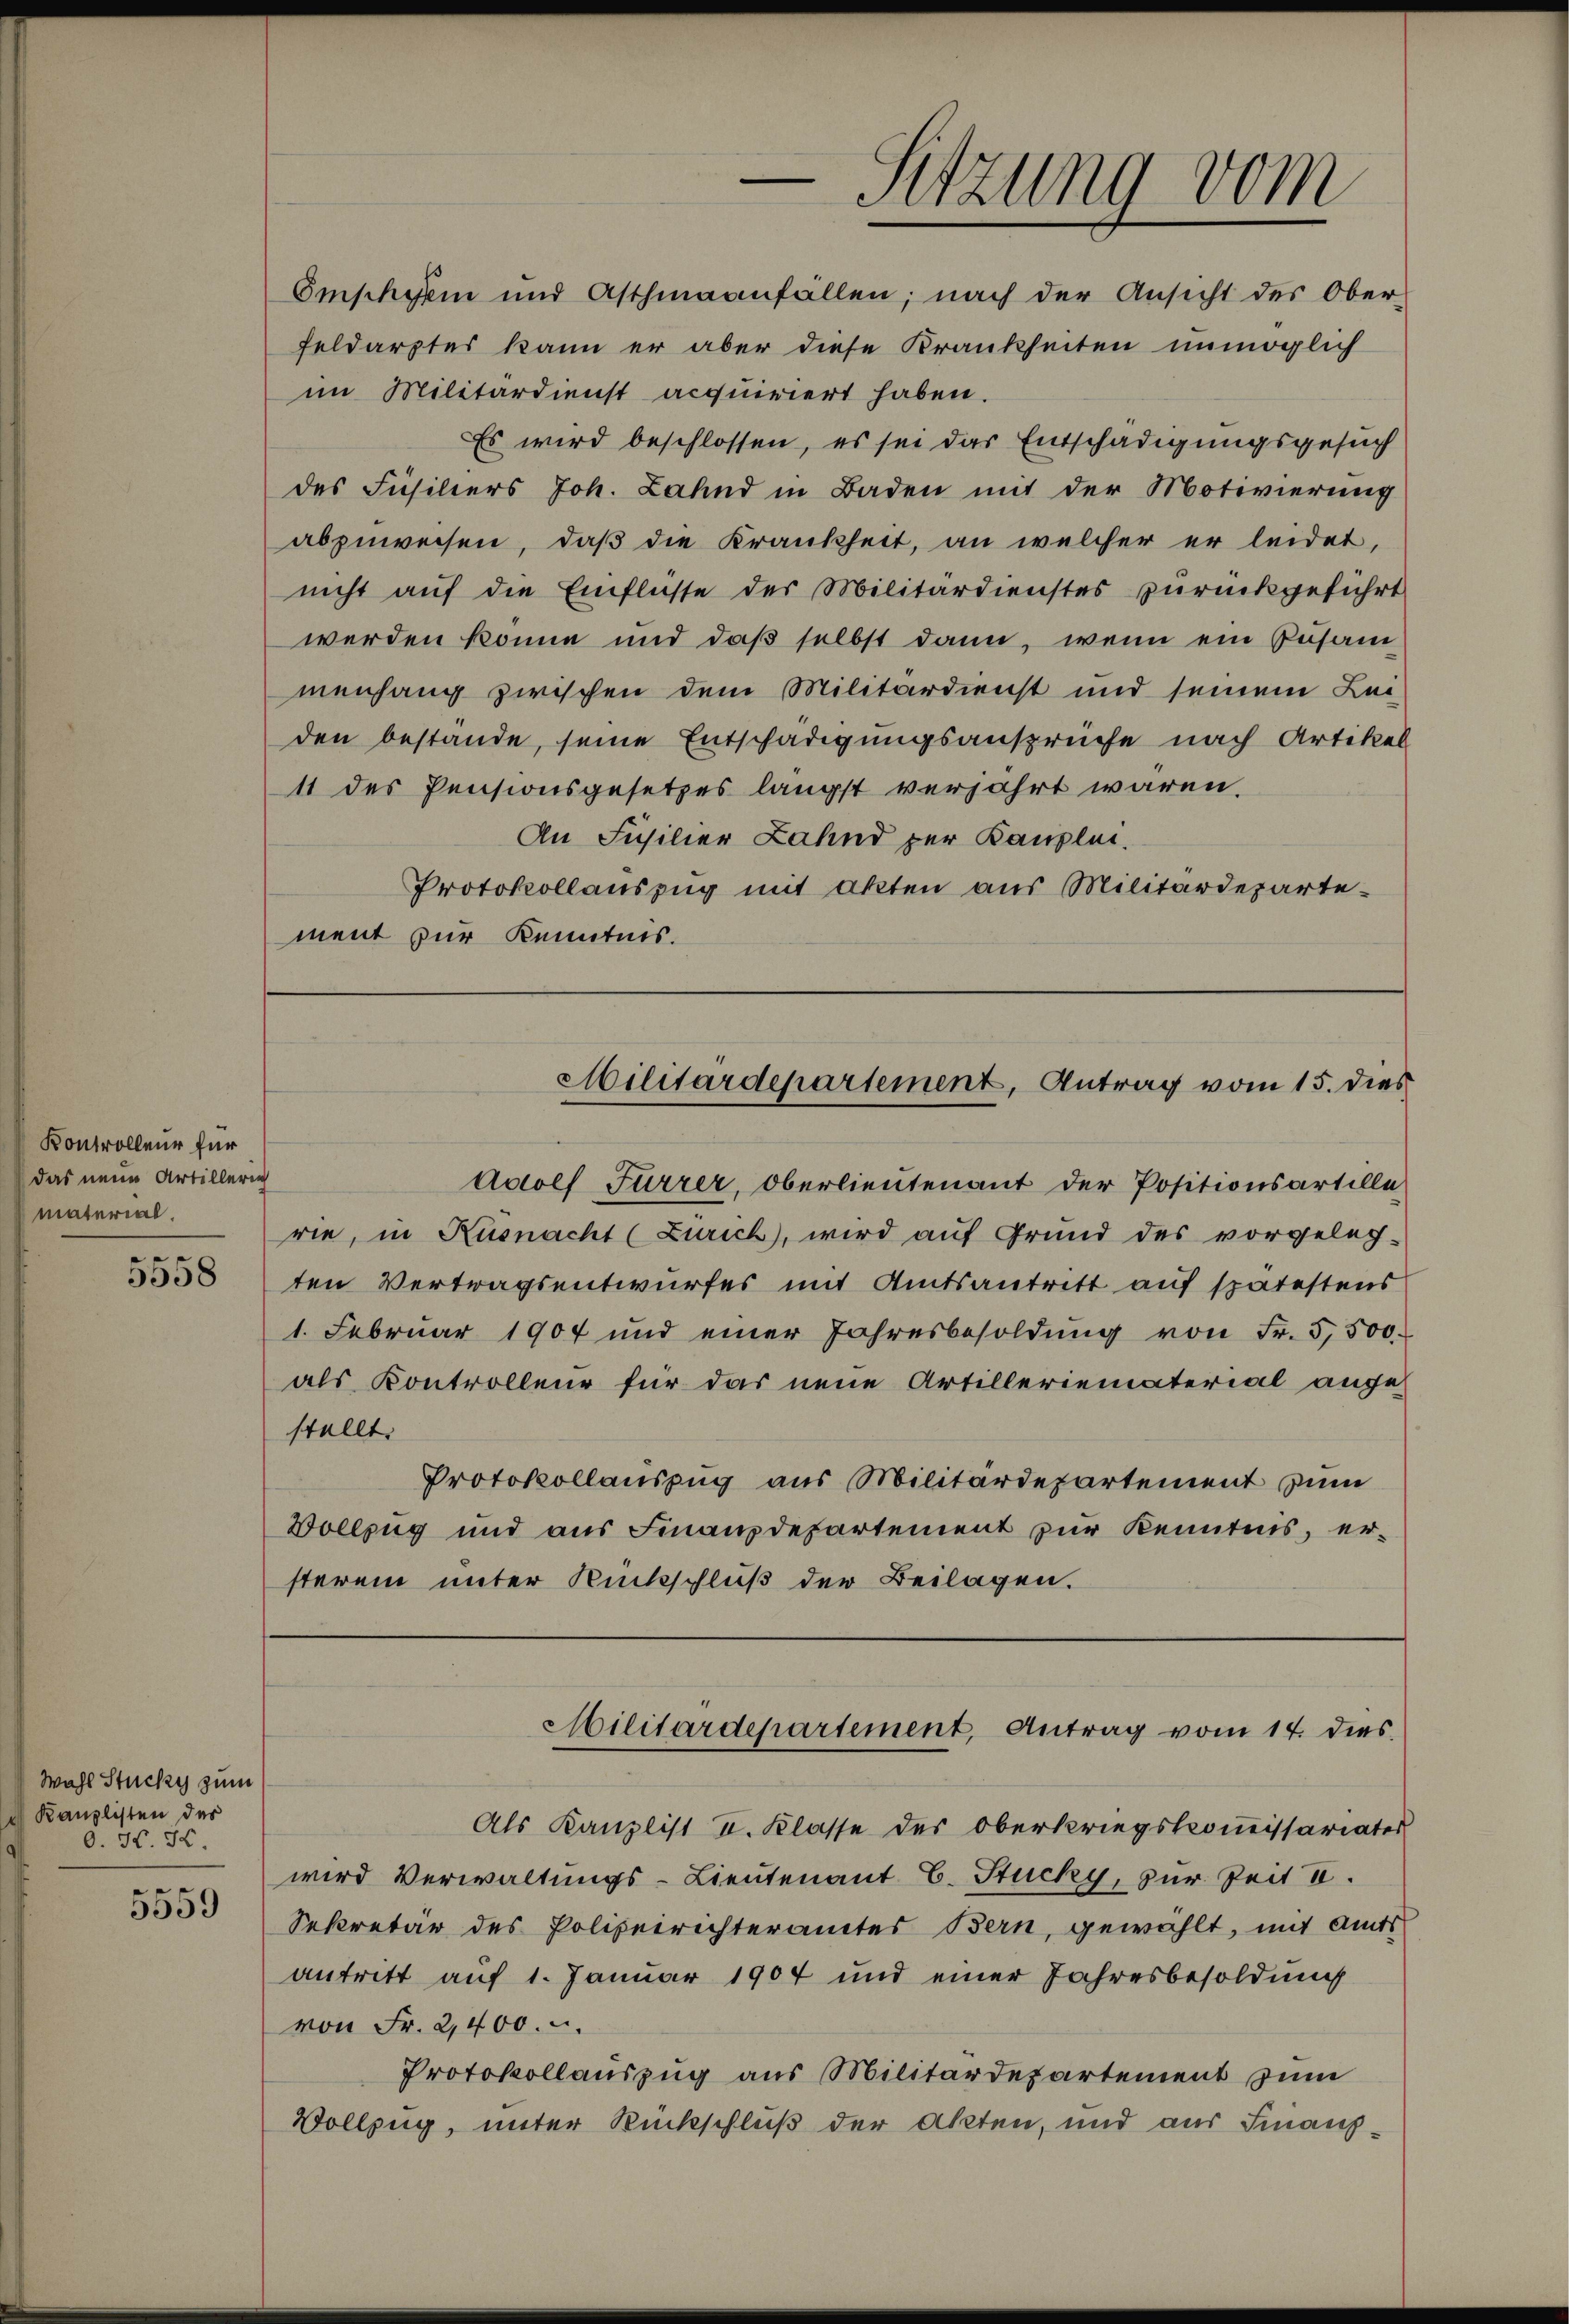
Kontrolleur für
das neue Artilleri
material.

es
5558

Wahl Stucky zum
Kanzlisten des
O. N. 3.

5559

Adolf Furrer, Oberlieutenant der Positionsartille
rie, in Küsnacht (Zürich, wird auf Grund des vorgeleg-
ten Vertragsentwurfes mit Amtsantritt auf spätestens
1. Februar 1904 und einer Jahresbesoldŭng von Fr. 5500
als Kontrolleur für das neue Artilleriematerial ange-
stellt.
Protokollauszug aus Militärdepartement zum
Vollzug und aus Finanzdepartement zur Kenntnis, ersterem unter Rückschluß der Beilagen.

Omschyöm und Asthmaanfällen; nach der Ansicht des Ober-
feldarztes kann er aber diese Krankheiten unmöglich
im Militärdienst acquiriert haben.
Es wird beschlossen, es sei das Entschädigungsgesuch
des Füsiliers Joh. Zahnd in Baden mit der Motivierung
abzuweisen, daβ die Krankheit, an welcher er leidet,
nicht auf die Einflüsse der Militärdienstes zurückgeführt
werden könne und daß selbst dann, wenn ein Zusam-
menhang zwischen dem Militärdienst und seinem Lei-
den bestände, seine Entschädigungsansprüche nach Artikel
11 des Pensionsgesetzes längst verjahrt waren.
An Füsilier Zahnd per Kanzlei.
Protokollauszug mit akten aus Militärdepartement zur Kenntnis.

Sitzung vom

Als Kanzlist II. Klasse des Oberkriegskommissariates
wird Verwaltungs-Lieutenant E. Stucky, zur Zeit I.
Sekretär des Polizeirichteramtes Bern, gewählt, mit Amts
antritt auf 1. Januar 1904 und einer Jahresbesoldung
von Fr. 2,400. u.
Protokollauszug aus Militärdepartement zum
Vollzug, unter Rückschluß der Akten, und aus Finanz¬

Militärdepartement, Antrag vom 15. dies

Militärdepartement, Antrag vom 14. dies